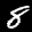
Label: 8